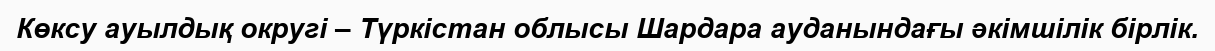
Көксу ауылдық округі – Түркістан облысы Шардара ауданындағы әкімшілік бірлік.